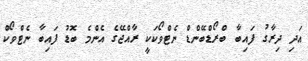
އަދި ދިރާގު ފައިބާ ބްރޯޑްބޭންޑް ނެޓްވޯކަކީ ރާއްޖޭގެ އެންމެ ބޮޑު ފައިބާ ނެޓްވޯކް